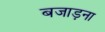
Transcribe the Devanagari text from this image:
बजाड़ना